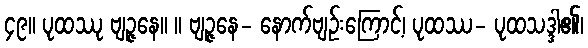
၄၉။ ပုထဿု ဗျဉ္ဇနေ။ ။ ဗျဉ္ဇနေ- နောက်ဗျဉ်းကြောင့်၊ ပုထဿ- ပုထသဒ္ဒါ၏၊